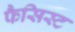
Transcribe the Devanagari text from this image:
फैसिस्ट